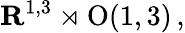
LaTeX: \mathbf{R}^{1,3}\rtimes\mathrm{O}(1,3)\, ,